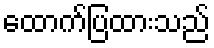
ထောက်ပြထားသည်